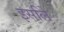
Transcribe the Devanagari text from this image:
इसलिे